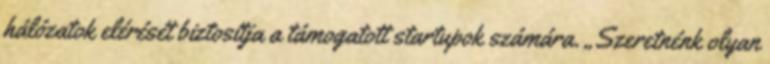
hálózatok elérését biztosítja a támogatott startupok számára. „Szeretnénk olyan